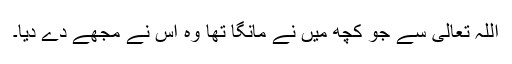
اللہ تعالیٰ سے جو کچھ میں نے مانگا تھا وہ اس نے مجھے دے دیا۔